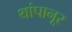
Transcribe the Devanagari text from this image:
थांपानूर